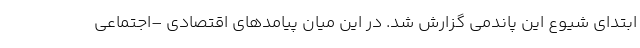
ابتدای شیوع این پاندمی گزارش شد. در این میان پیامدهای اقتصادی –اجتماعی